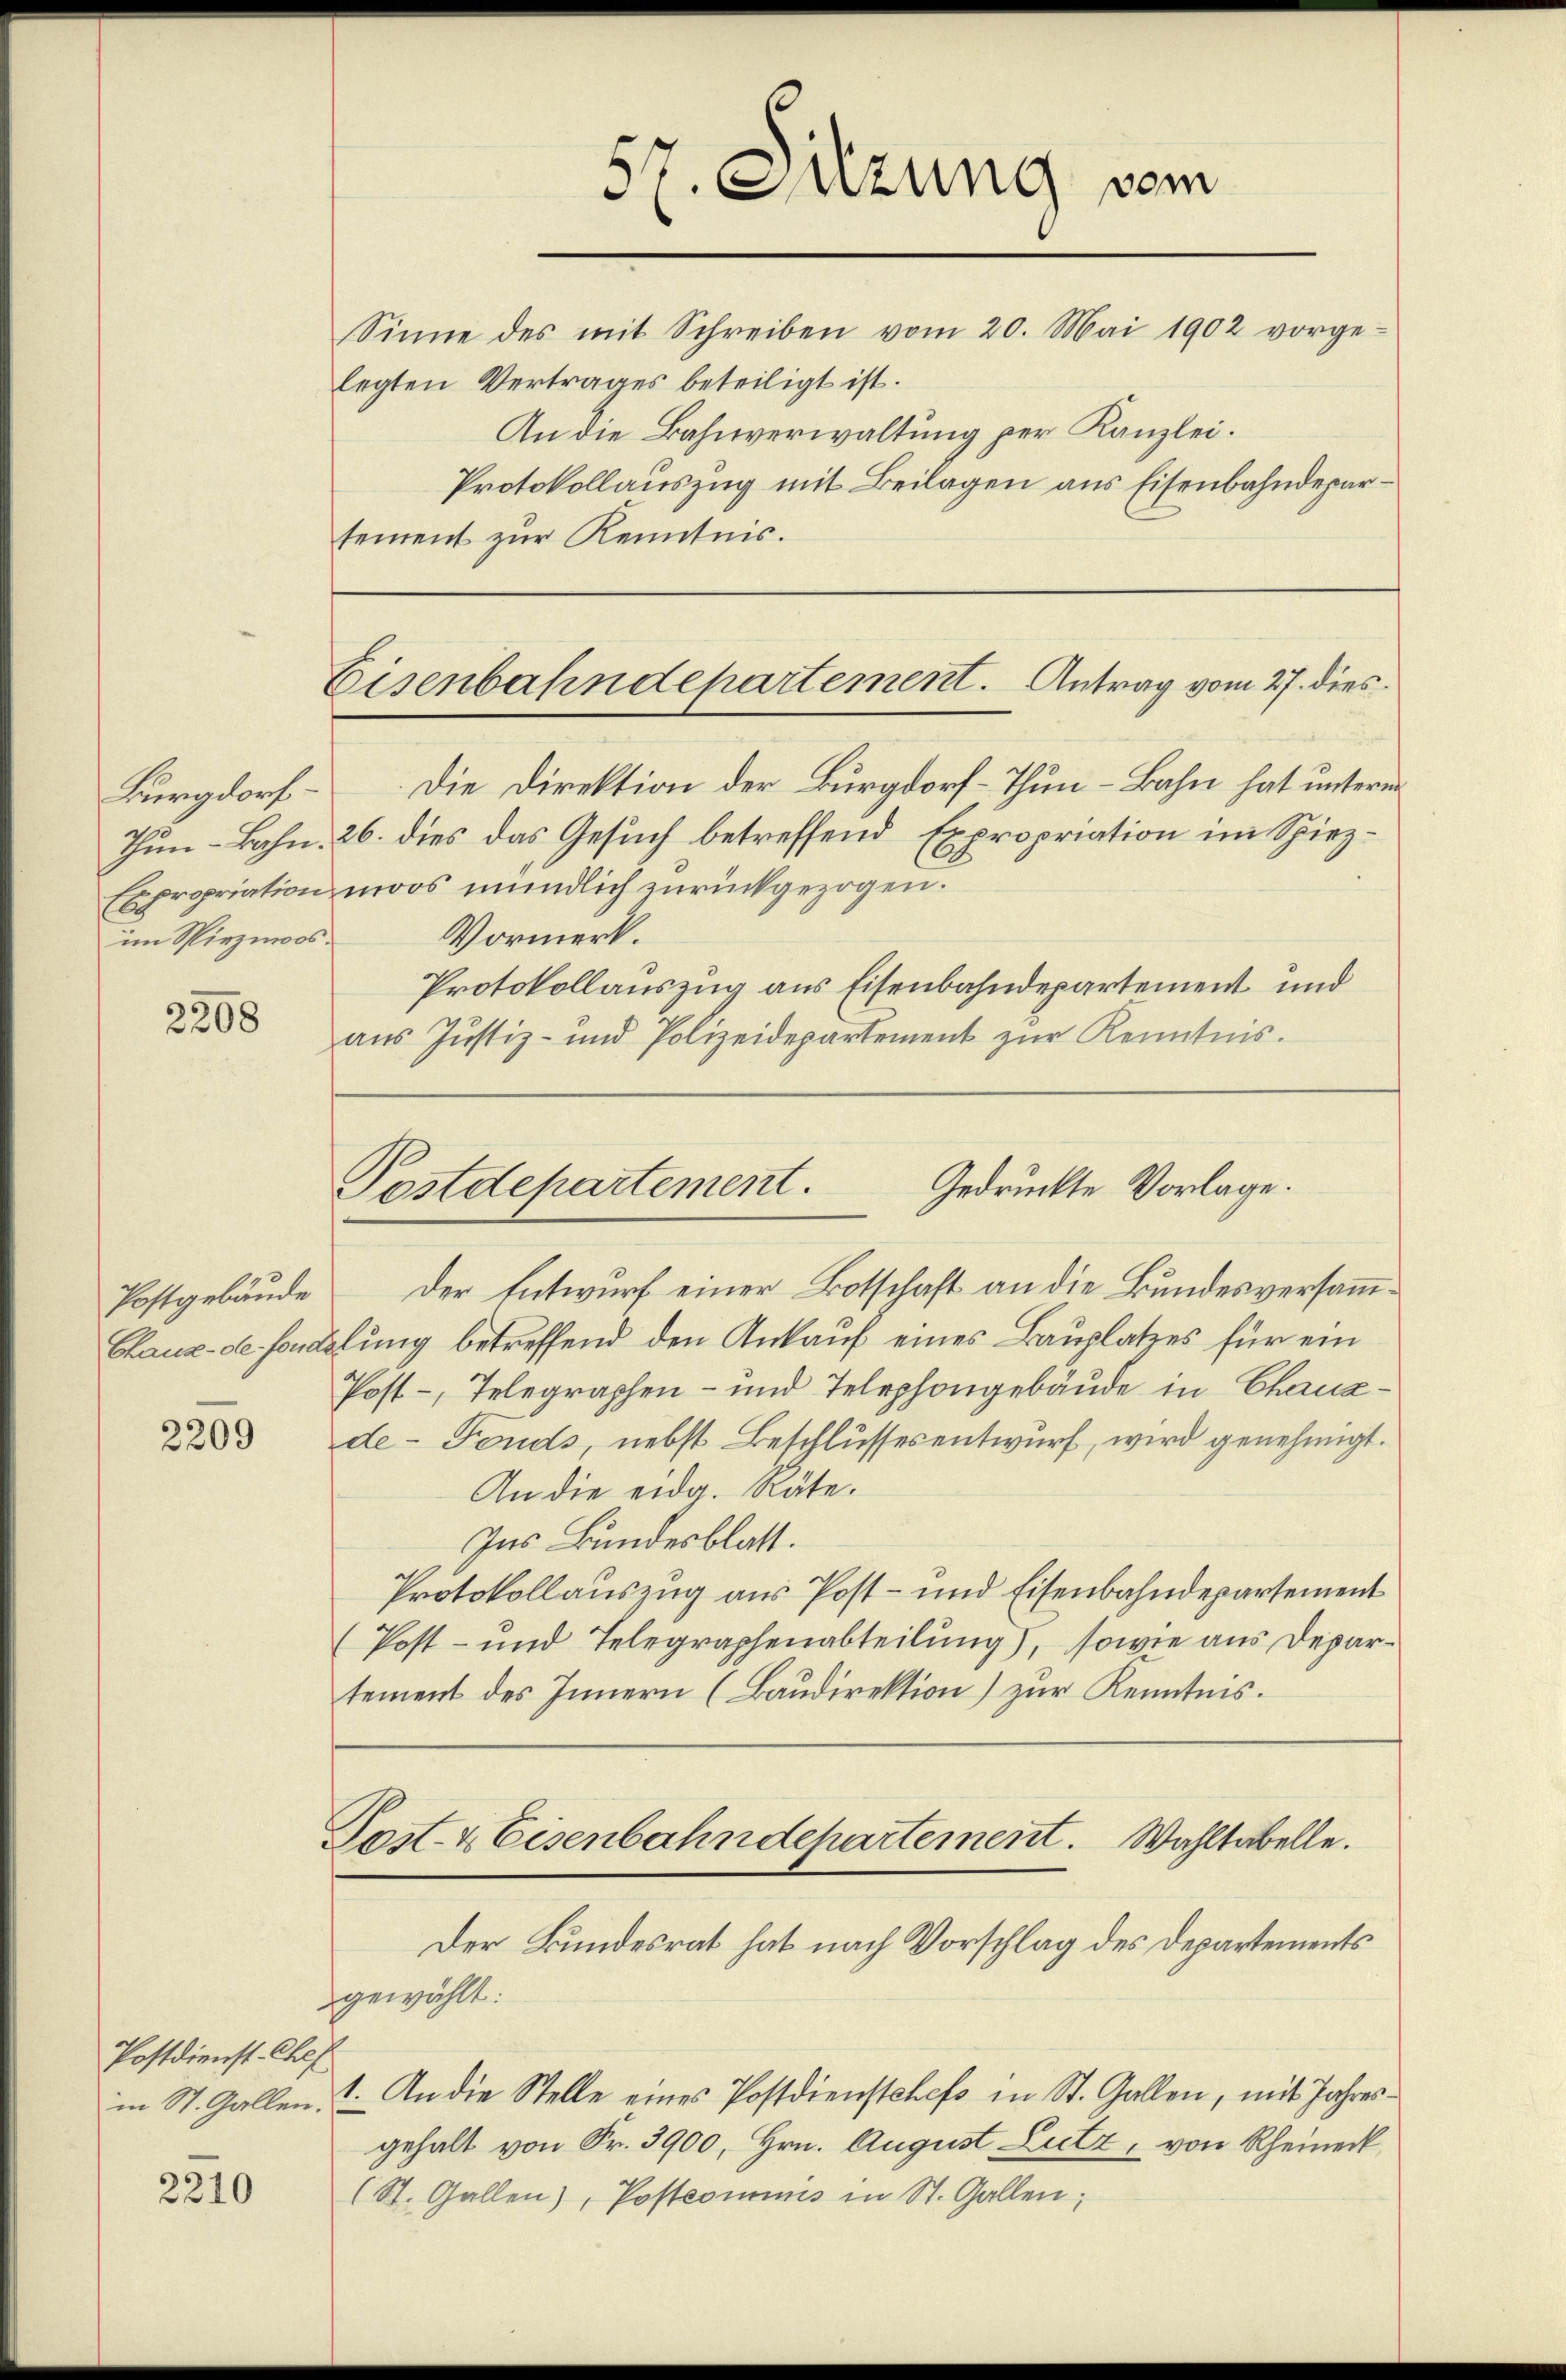
Burgdorf
im Spiezmoos.

2208

Postgebäude
Chaux-de-Fond.

2209

Postdienst-Chef
in St. Gallen.

2210

Eisenbahndepartement. Antrag vom 27. dies

sement zur Kenntnis.

Gedruckte Vorlage.
Postdepartement.

Die Direktion der Burgdorf-Thun - Bahn hat unterm
Thun-Bahn. 26. dies das Gesuch betreffend Expropriation im Spiez¬
Expropriation moos mündlich zurückgezogen.
Vormerk.
Protokollauszug aus Eisenbahndepartement und
aus Justiz- und Polizeidepartement zŭr Kenntnis.

Der Entwurf einer Botschaft an die Bundesversammlung betreffend den Ankauf eines Bauplatzes für ein
Post-, Telegraphen- und Telephongebäude in Chaux-
de-Fonds, nebst Beschlussesentwurf, wird genehmigt.
An die eidg. Räte.
Ins Bundesblatt.
Protokollauszug aus Post- und Eisenbahndepartement
(Post- und Telegraphenabteilung), sowie aus Departement des Innern (Baudirektion) zur Kenntnis.
Post- & Eisenbahndepartement. Wahltabelle.
Der Bundesrat hat nach Vorschlag des Departements
gewählt:
1. An die Stelle eines Postdienstchefs in St. Gallen, mit Jahresgehalt von Fr. 3900, Hrn. August Lutz, von Rheiner
(St. Gallen), Postcommis in St. Gallen;

57. Suzung vom
Sinne des mit Schreiben vom 20. Mai 1902 vorge-
legten Vertrages beteiligt ist.
An die Bahnverwaltung per Kanzlei.
Protokollauszug mit Beilagen aus Eisenbahndepar¬